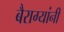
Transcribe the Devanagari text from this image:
बैराग्यांनी